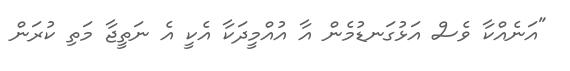
"އަނެއްކާ ވެސް އަޅުގަނޑުމެން އާ އުއްމީދަކާ އެކީ އެ ނަތީޖާ މަތި ކުރަން